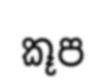
කූප